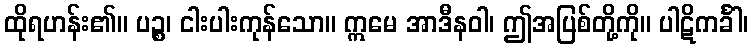
ထိုရဟန်း၏။ ပဉ္စ၊ ငါးပါးကုန်သော။ ဣမေ အာဒီနဝါ၊ ဤအပြစ်တို့ကို။ ပါဋိကင်္ခါ၊